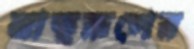
মাতৃরূপের